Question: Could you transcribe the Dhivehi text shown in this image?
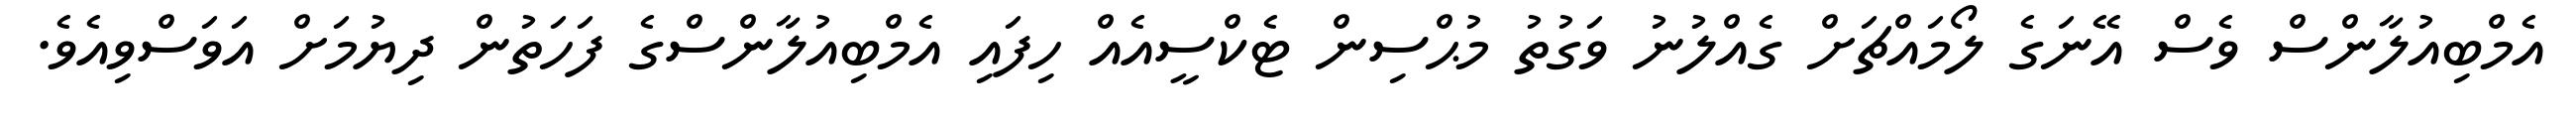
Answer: އެމްބިއުލާންސް ވެސް އޭނަގެ ލޯމައްޗަށް ގެއްލުނު ވަގުތު މުޙްސިން ޓެކްސީއެއް ހިފައި އެމްބިއުލާންސްގެ ފަހަތުން ދިޔުމަށް އަވަސްވިއެވެ.